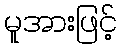
မူအားဖြင့်